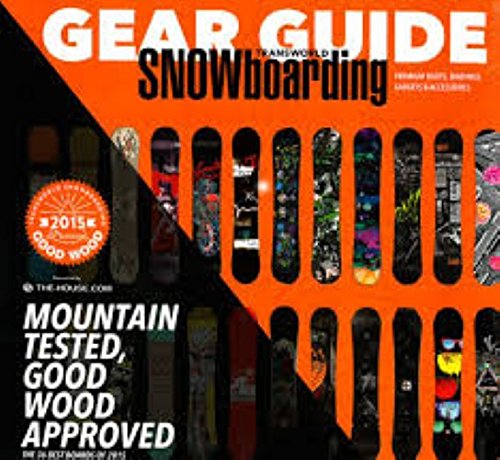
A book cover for Transworld Snowboarding Gear Guide 2015 Annual; Sports & Outdoors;